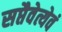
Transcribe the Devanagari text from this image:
सप्तैवेत्येवं